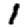
Digit: 1